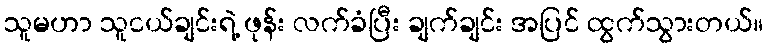
သူမဟာ သူငယ်ချင်းရဲ့ ဖုန်း လက်ခံပြီး ချက်ချင်း အပြင် ထွက်သွားတယ်။